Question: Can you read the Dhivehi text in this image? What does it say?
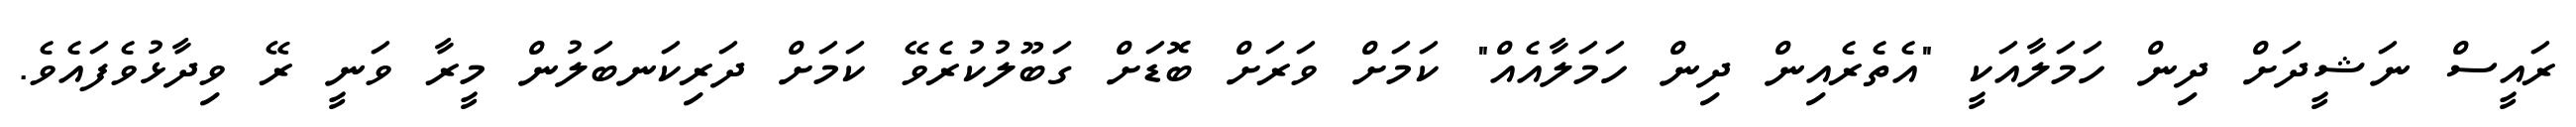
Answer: ރައީސް ނަޝީދަށް ދިން ހަމަލާއަކީ "އެތެރެއިން ދިން ހަމަލާއެއް" ކަމަށް ވަރަށް ބޮޑަށް ގަބޫލުކުރެވޭ ކަމަށް ދަރިކަނބަލުން މީރާ ވަނީ ރޭ ވިދާޅުވެފައެވެ.